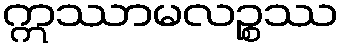
ဣဿာမလဉ္စဿ